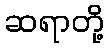
ဆရာတို့